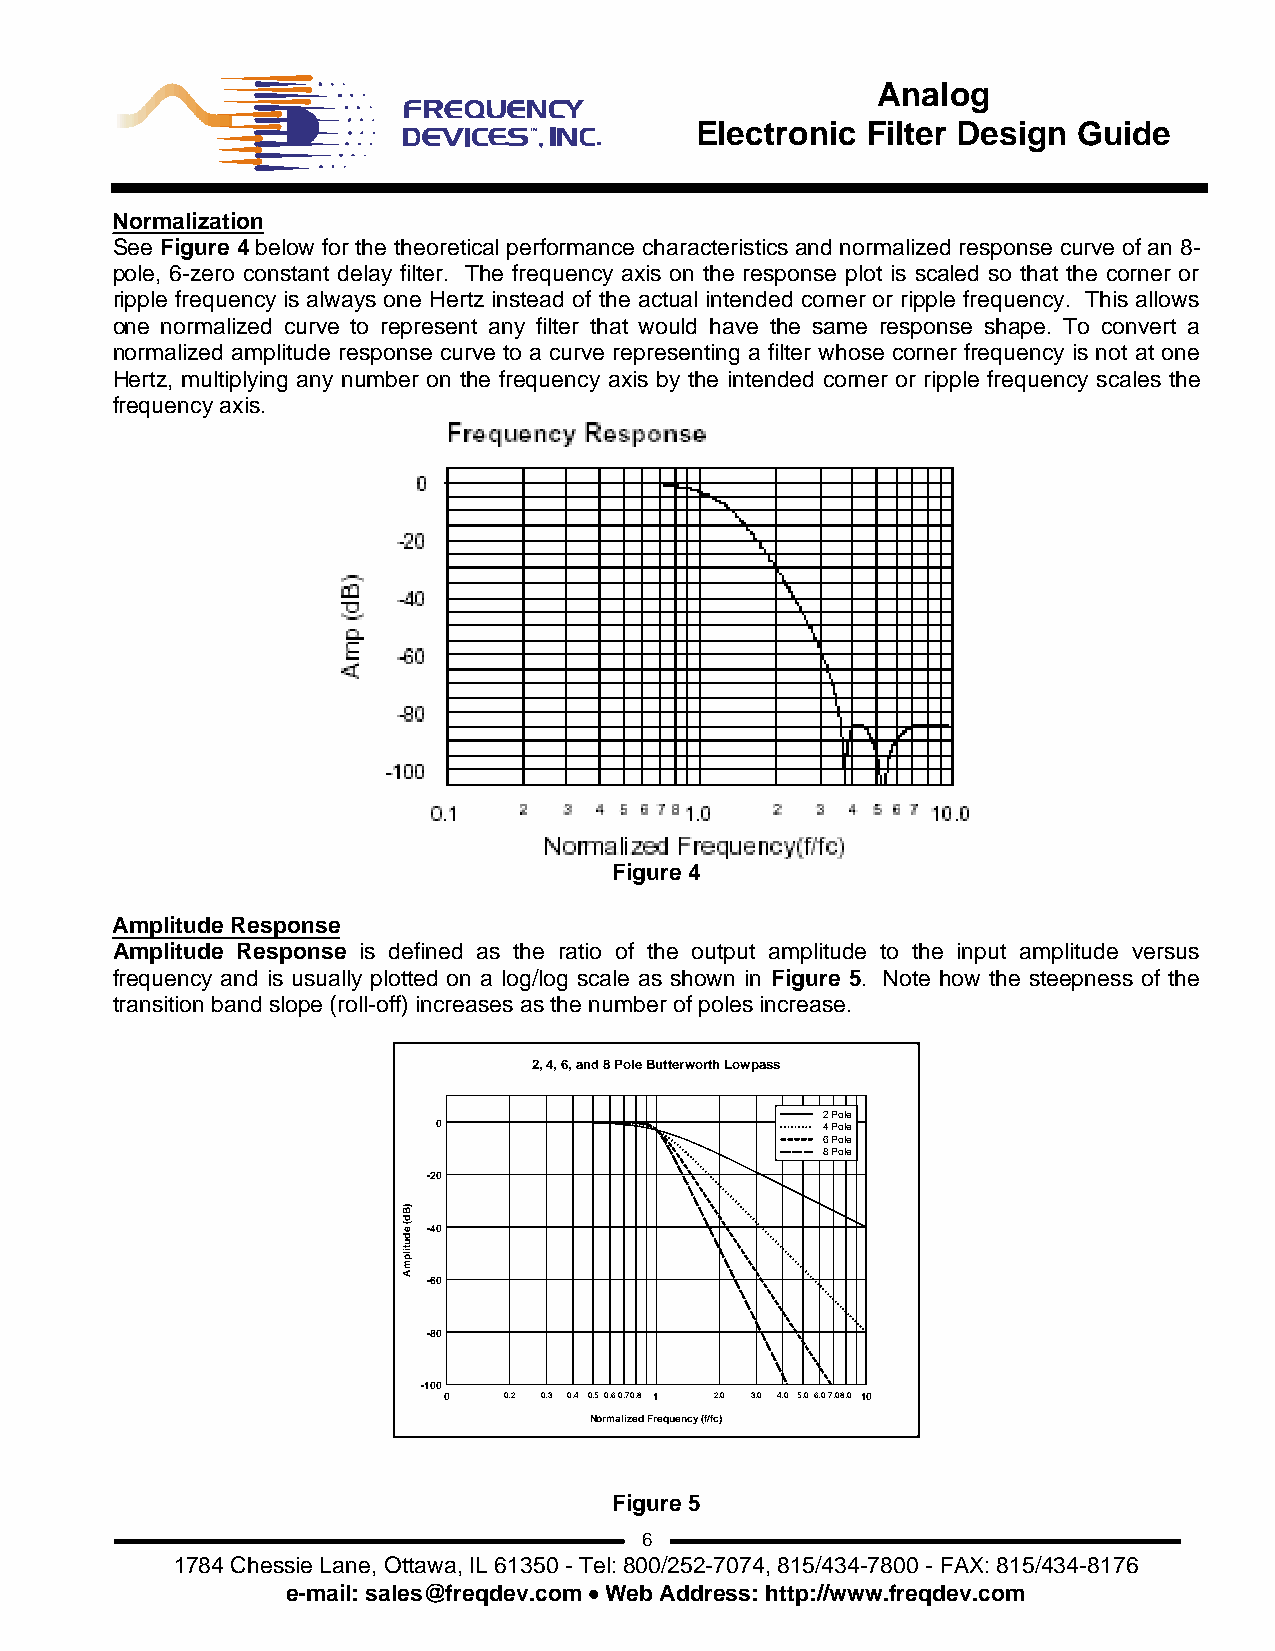
Analog
 Electronic Filter Design Guide
 Normalization
 See Figure 4 below for the theoretical performance characteristics and normalized response curve of an 8-
 pole, 6-zero constant delay filter. The frequency axis on the response plot is scaled so that the corner or
 ripple frequency is always one Hertz instead of the actual intended corner or ripple frequency. This allows
 one normalized curve to represent any filter that would have the same response shape. To convert a
 normalized amplitude response curve to a curve representing a filter whose corner frequency is not at one
 Hertz, multiplying any number on the frequency axis by the intended corner or ripple frequency scales the
 frequency axis.
 Figure 4
 Amplitude Response
 Amplitude Response is defined as the ratio of the output amplitude to the input amplitude versus
 frequency and is usually plotted on a log/log scale as shown in Figure 5. Note how the steepness of the
 transition band slope (roll-off) increases as the number of poles increase.
 2, 4, 6, and 8 Pole Butterworth Lowpass
 2 Pole
 0                        4 Pole
 6 Pole
 8 Pole
 -20
 -40
 -60
 -80
 -100
 0   0.2 0.3 0.4 0.5 0.6 0.70.8 1 2.0 3.0 4.0 5.0 6.0 7.0 8.0 10
 Normalized Frequency (f/fc)
 Figure 5
 6
 1784 Chessie Lane, Ottawa, IL 61350 - Tel: 800/252-7074, 815/434-7800 - FAX: 815/434-8176
 e-mail: sales@freqdev.com • Web Address: http://www.freqdev.com
 )Bd(edutilpmA